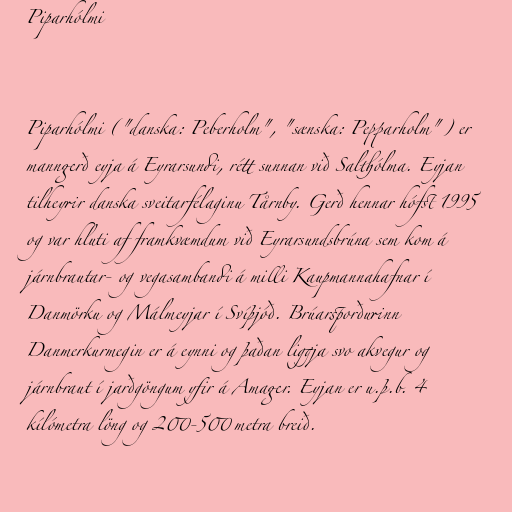
Piparhólmi

Piparhólmi ("danska: Peberholm", "sænska: Pepparholm") er
manngerð eyja á Eyrarsundi, rétt sunnan við Salthólma. Eyjan
tilheyrir danska sveitarfélaginu Tårnby. Gerð hennar hófst 1995
og var hluti af framkvæmdum við Eyrarsundsbrúna sem kom á
járnbrautar- og vegasambandi á milli Kaupmannahafnar í
Danmörku og Málmeyjar í Svíþjóð. Brúarsporðurinn
Danmerkurmegin er á eynni og þaðan liggja svo akvegur og
járnbraut í jarðgöngum yfir á Amager. Eyjan er u.þ.b. 4
kílómetra löng og 200-500 metra breið.